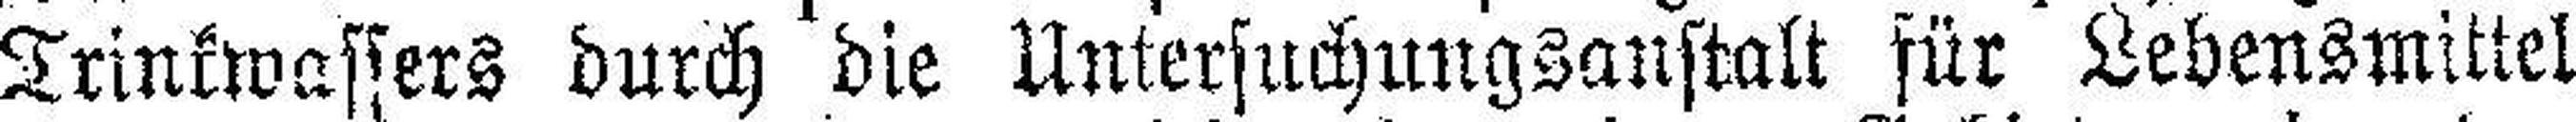
Trinkwassers durch die Untersuchungsanstalt für Lebensmittel